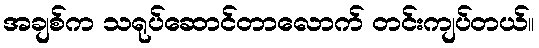
အချစ်က သရုပ်ဆောင်တာလောက် တင်းကျပ်တယ်။